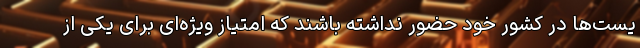
یست‌ها در کشور خود حضور نداشته باشند که امتیاز ویژه‌ای برای یکی از